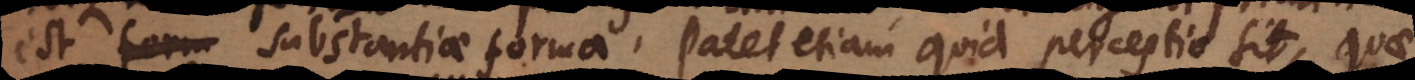
est substantiae forma. Patet etiam quid perceptio sit, quae